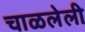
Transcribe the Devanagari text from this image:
चाळलेली